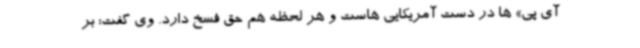
آی پی» ها در دست آمریکایی هاست و هر لحظه هم حق فسخ دارد. وی گفت: بر